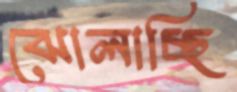
ঝোলাচ্ছি